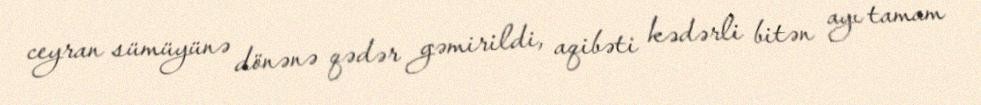
ceyran sümüyünə dönənə qədər gəmirildi, aqibəti kədərli bitən ayı tamam